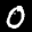
Label: 0